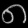
Digit: ၈